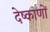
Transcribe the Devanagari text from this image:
देष्काणों